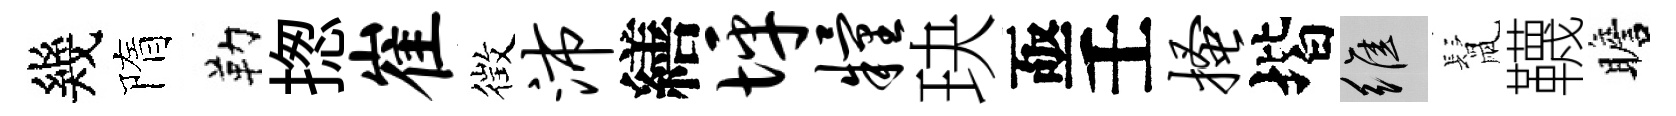
幾隋勒揔崔徴沛繕坪粮玦亟壬搔堦維鬛韈瞻